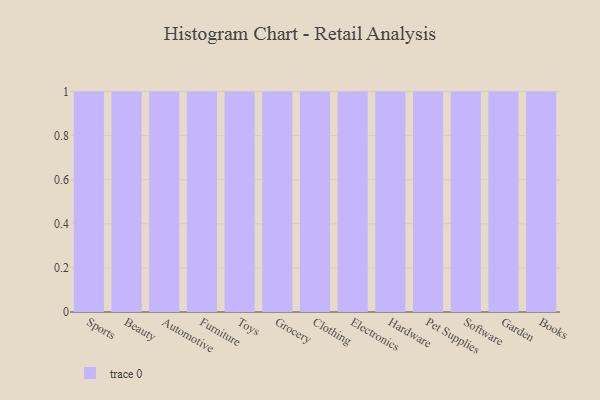
{"axis": {"x": "Category", "y": "Production Output"}, "legend": [""], "data": [{"x": "Sports", "y": 4, "type": ""}, {"x": "Beauty", "y": 27, "type": ""}, {"x": "Automotive", "y": 72, "type": ""}, {"x": "Furniture", "y": 82, "type": ""}, {"x": "Toys", "y": 10, "type": ""}, {"x": "Grocery", "y": 70, "type": ""}, {"x": "Clothing", "y": 78, "type": ""}, {"x": "Electronics", "y": 81, "type": ""}, {"x": "Hardware", "y": 44, "type": ""}, {"x": "Pet Supplies", "y": 94, "type": ""}, {"x": "Software", "y": 69, "type": ""}, {"x": "Garden", "y": 34, "type": ""}, {"x": "Books", "y": 99, "type": ""}]}